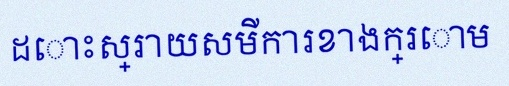
ដោះស្រាយសមីការខាងក្រោម